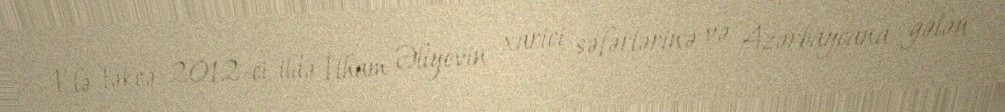
Elə təkcə 2012-ci ildə İlham Əliyevin xarici səfərlərinə və Azərbaycana gələn